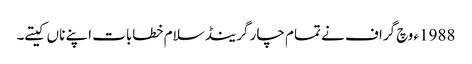
1988ء وچ گراف نے تمام چار گرینڈ سلام خطابات اپنے ناں کیتے۔